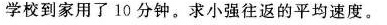
学校到家用了10分钟。求小强往返的平均速度。